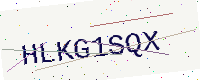
Text: HLKG1SQX